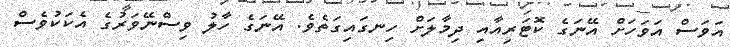
އަވަސް އަވަހަށް އޭނަގެ ކޮޓަރިއާއި ދިމާލަށް ހިނގައިގަތެވެ. އޭނަގެ ހާލު ވިސްނޭވަރުގެ އެކަކުވެސް